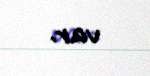
var.